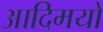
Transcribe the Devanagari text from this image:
आदिमयों